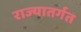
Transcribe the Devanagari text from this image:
राज्यातर्गत